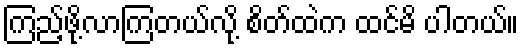
ကြည့်ဖို့လာကြတယ်လို့ စိတ်ထဲက ထင်မိ ပါတယ်။